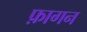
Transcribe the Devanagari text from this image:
फ़ागन